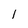
Character: 1